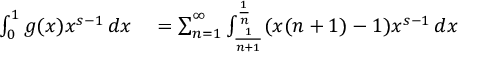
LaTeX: \begin{array} { r l } { \int _ { 0 } ^ { 1 } g ( x ) x ^ { s - 1 } \, d x } & { { } = \sum _ { n = 1 } ^ { \infty } \int _ { \frac { 1 } { n + 1 } } ^ { \frac { 1 } { n } } ( x ( n + 1 ) - 1 ) x ^ { s - 1 } \, d x } \end{array}